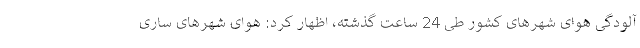
آلودگی هوای شهرهای کشور طی 24 ساعت گذشته، اظهار کرد: هوای شهرهای ساری